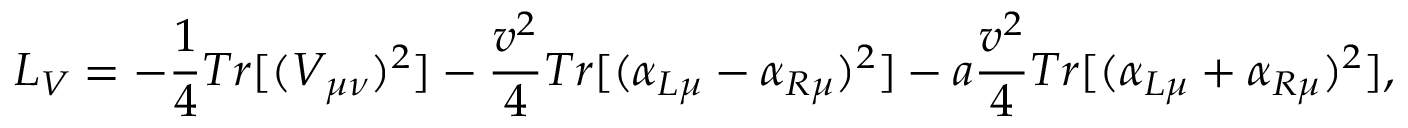
{ \cal L } _ { V } = - \frac { 1 } { 4 } T r [ ( V _ { \mu \nu } ) ^ { 2 } ] - \frac { v ^ { 2 } } { 4 } T r [ ( \alpha _ { L \mu } - \alpha _ { R \mu } ) ^ { 2 } ] - a \frac { v ^ { 2 } } { 4 } T r [ ( \alpha _ { L \mu } + \alpha _ { R \mu } ) ^ { 2 } ] ,